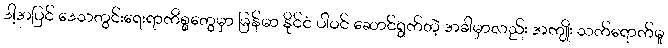
ဒါ့အပြင် ဒေသတွင်းရေးရာကိစ္စတွေမှာ မြန်မာ နိုင်ငံ ပါဝင် ဆောင်ရွက်တဲ့ အခါမှာလည်း အကျိုး သက်ရောက်မှု